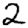
Digit: 2